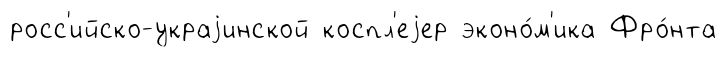
росс'ийско-украjинской коспл'еjер эконо́м'ика Фро́нта